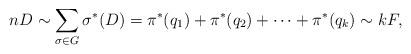
LaTeX: \begin{align*} nD \sim \sum_{\sigma\in G} \sigma^*(D) = \pi^*(q_1)+\pi^*(q_2)+\dots+\pi^*(q_k) \sim kF, \end{align*}